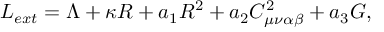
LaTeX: L _ { e x t } = \Lambda + \kappa R + a _ { 1 } R ^ { 2 } + a _ { 2 } C _ { \mu \nu \alpha \beta } ^ { 2 } + a _ { 3 } G ,